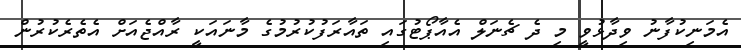
އެމަނިކުފާނު ވިދާޅުވީ މި ދެ ޗެނަލް އެއާޕޯޓުގައި ތައާރަފުކުރުމުގެ މާނައަކީ ރާއްޖެއަށް އެތެރެކުރުން